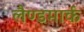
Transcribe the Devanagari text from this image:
लैण्‍डमार्क